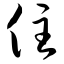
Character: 住